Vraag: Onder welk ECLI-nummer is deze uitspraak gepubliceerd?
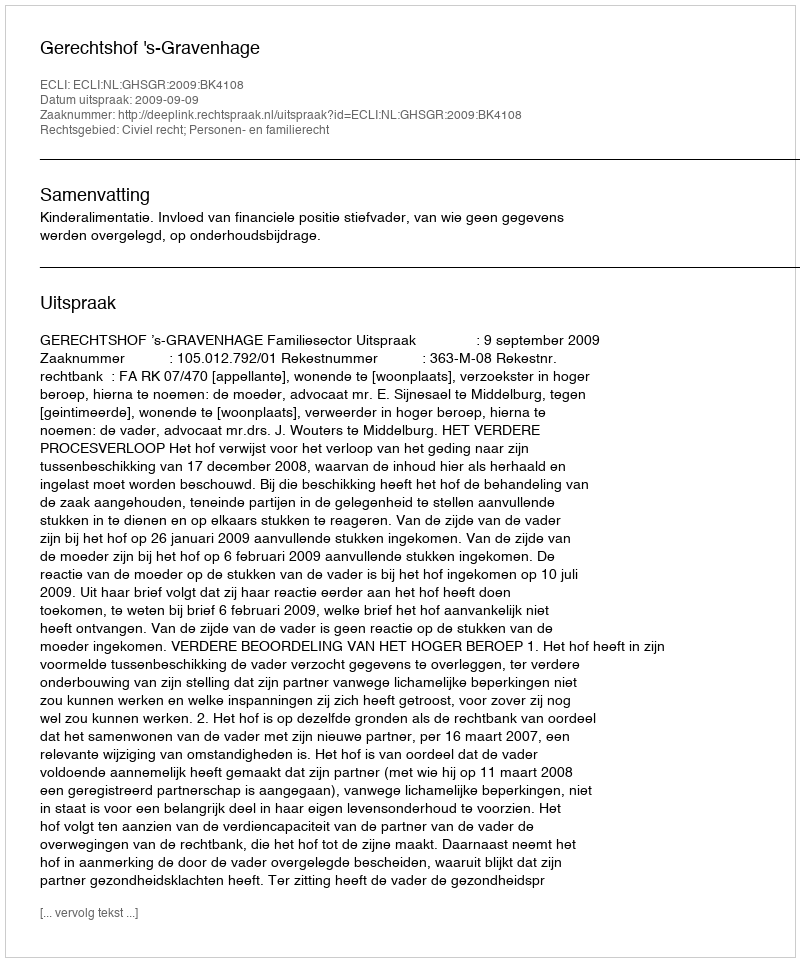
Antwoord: ECLI:NL:GHSGR:2009:BK4108